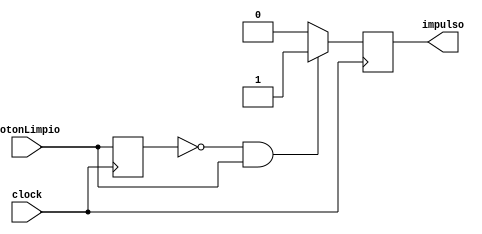
`timescale 1ns / 1ps

module pulsoAImpulso(clock,botonLimpio,impulso);

input clock,botonLimpio;
output reg impulso;

reg valorAntiguo=0;
reg valorNuevo=0;

always@(negedge clock)begin
				
				if((valorAntiguo==0)&&(botonLimpio==1))begin 
					impulso<=1; valorAntiguo <= botonLimpio;end
				else begin impulso<=0; valorAntiguo <= botonLimpio;valorNuevo<=0;end
				   
end

endmodule